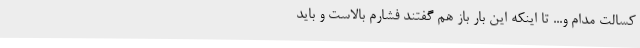
کسالت مدام و... تا اینکه این بار باز هم گفتند فشارم بالاست و باید